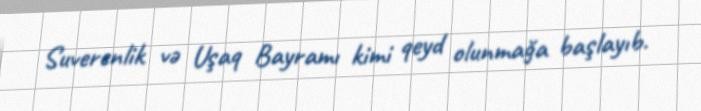
Suverenlik və Uşaq Bayramı kimi qeyd olunmağa başlayıb.